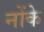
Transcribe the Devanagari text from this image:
नोंके